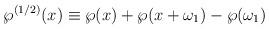
LaTeX: \begin{align*}\wp^{(1/2)}(x)\equiv \wp(x)+\wp(x+\omega_1)-\wp(\omega_1)\end{align*}